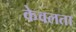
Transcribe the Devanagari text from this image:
केवलता